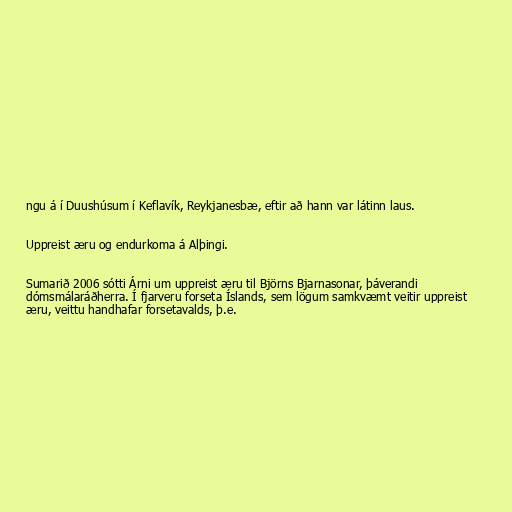
ngu á í Duushúsum í Keflavík, Reykjanesbæ, eftir að hann var látinn laus.

Uppreist æru og endurkoma á Alþingi.

Sumarið 2006 sótti Árni um uppreist æru til Björns Bjarnasonar, þáverandi
dómsmálaráðherra. Í fjarveru forseta Íslands, sem lögum samkvæmt veitir uppreist
æru, veittu handhafar forsetavalds, þ.e.